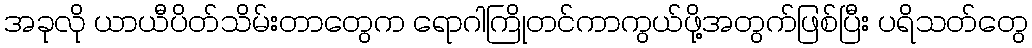
အခုလို ယာယီပိတ်သိမ်းတာတွေက ရောဂါကြိုတင်ကာကွယ်ဖို့အတွက်ဖြစ်ပြီး ပရိသတ်တွေ